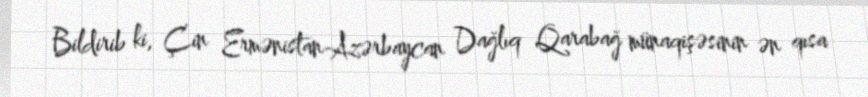
Bildirib ki, Çin Ermənistan-Azərbaycan Dağlıq Qarabağ münaqişəsinin ən qısa